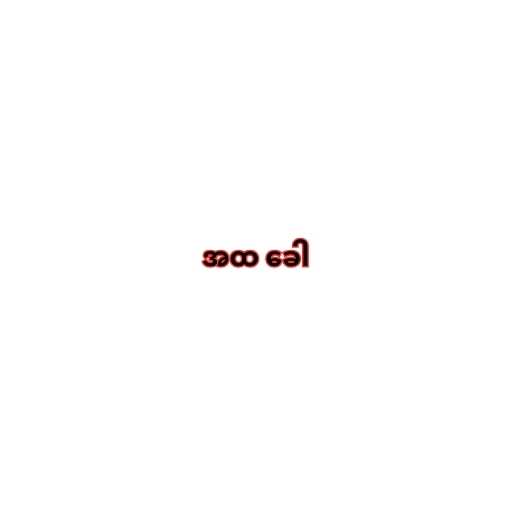
အထ ခေါ